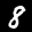
Label: 8